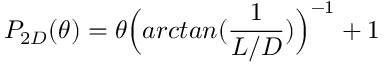
P _ { 2 D } ( \theta ) = \theta \Big ( a r c t a n ( \frac { 1 } { L / D } ) \Big ) ^ { - 1 } + 1